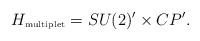
LaTeX: \begin{align*}H_{\mbox{\tiny multiplet}} = SU(2)' \times CP'.\end{align*}